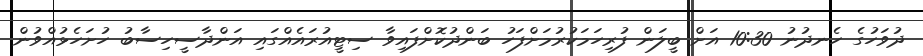
ދުވަހުގެ ހެނދުނު 10:30 އަށް ބީލަން ފުރިހަމަކުރުމަށްފަހު ބަންދުކޮށްފައިވާ ސިޓީއުރައެއްގައި އަންދާސީހިސާބު ހުށަހެޅުއްވުން